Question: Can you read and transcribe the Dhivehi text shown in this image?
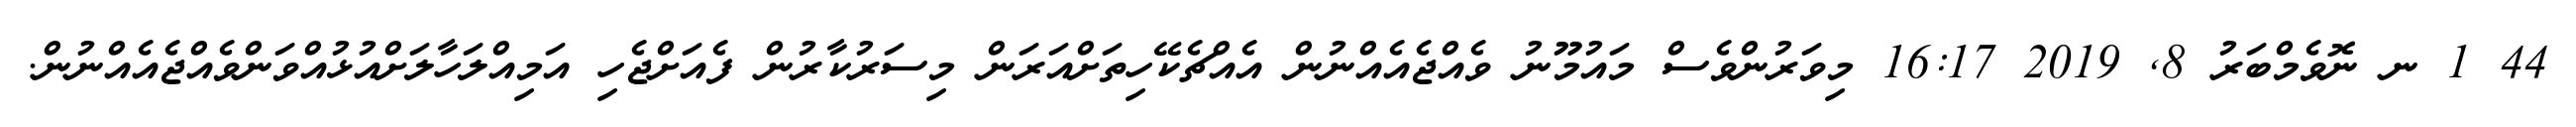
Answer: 44 1 ނ ނޮވެމްބަރު 8, 2019 16:17 މިވަރުންވެސް މައުމޫނު ވެއްޖެއެއްނުން އެއްޗެކޭހިތަށްއަރަން މިސަރުކާރުން ފެއަށްޖެހި އަމިއްލަހާލަށްއުޅުއްވަންވެއްޖެއެއްނުން.